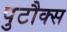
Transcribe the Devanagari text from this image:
पुटौक्स